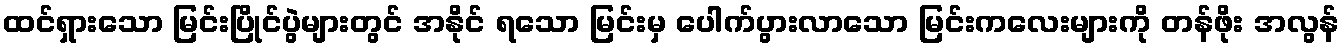
ထင်ရှားသော မြင်းပြိုင်ပွဲများတွင် အနိုင် ရသော မြင်းမှ ပေါက်ပွားလာသော မြင်းကလေးများကို တန်ဖိုး အလွန်